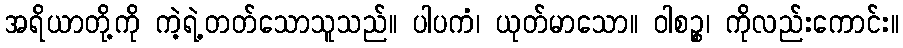
အရိယာတို့ကို ကဲ့ရဲ့တတ်သောသူသည်။ ပါပကံ၊ ယုတ်မာသော။ ဝါစဉ္စ၊ ကိုလည်းကောင်း။